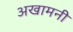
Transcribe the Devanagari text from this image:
अखामनी